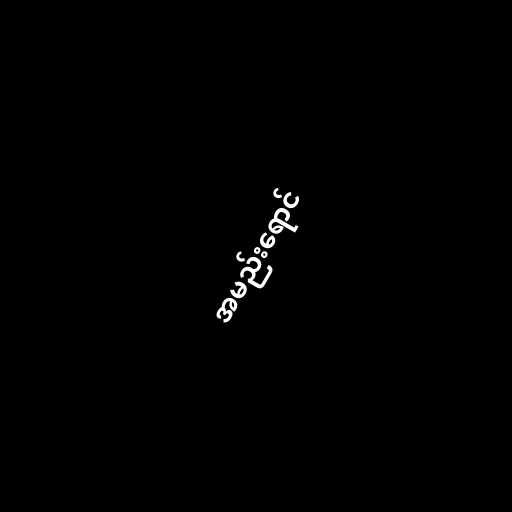
အမည်းရောင်